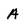
Character: A